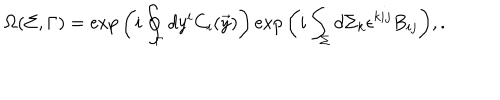
\Omega ( \Sigma , \Gamma ) = \exp { \left( i \oint _ { \Gamma } d y ^ { i } C _ { i } ( \vec { y } ) \right) } \exp { \left( i \int _ { \Sigma } d \Sigma _ { k } \epsilon ^ { k i j } B _ { i j } \right) } , .